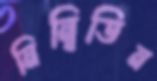
নিন্বিডিন